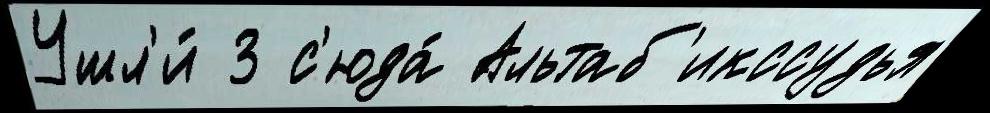
Ушл'и́ 3 с'юда́ Альтаб'икссудья